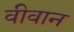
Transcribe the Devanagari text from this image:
वीवान